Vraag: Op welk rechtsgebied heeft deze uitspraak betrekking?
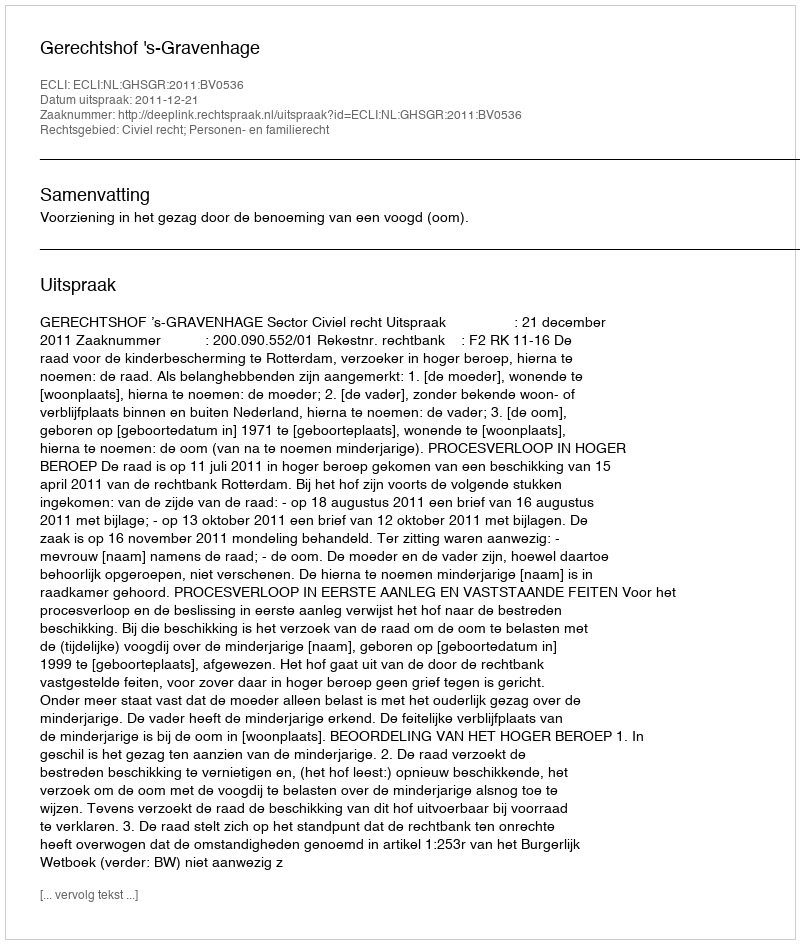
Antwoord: Civiel recht; Personen- en familierecht